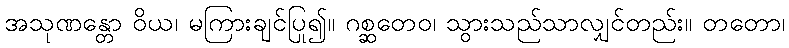
အသုဏန္တော ဝိယ၊ မကြားချင်ပြု၍။ ဂစ္ဆတေဝ၊ သွားသည်သာလျှင်တည်း။ တတော၊